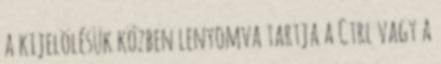
a kijelölésük közben lenyomva tartja a Ctrl vagy a